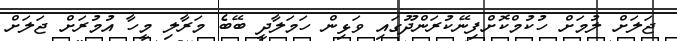
ޖަލަށް ލުމަށް ހުކުމްކޮށްފިނޭކުރަންދޫގައި ވަޅިން ހަމަލާދީ ބޭބެ މަރާލި މީހާ އުމުރަށް ޖަލަށް